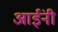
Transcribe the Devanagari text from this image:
आईंनी